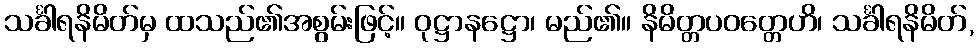
သင်္ခါရနိမိတ်မှ ထသည်၏အစွမ်းဖြင့်။ ဝုဋ္ဌာနဋ္ဌော၊ မည်၏။ နိမိတ္တပဝတ္တေဟိ၊ သင်္ခါရနိမိတ်,